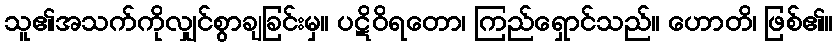
သူ၏အသက်ကိုလျှင်စွာချခြင်းမှ။ ပဋိဝိရတော၊ ကြည်ရှောင်သည်။ ဟောတိ၊ ဖြစ်၏။